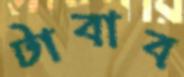
টাবাব